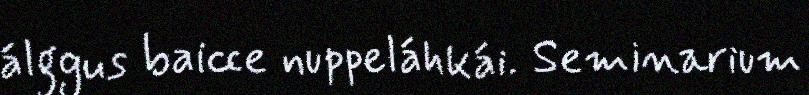
álggus baicce nuppeláhkái. Seminarium